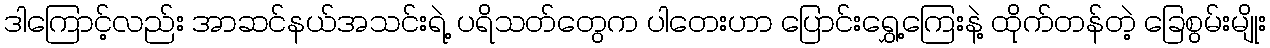
ဒါကြောင့်လည်း အာဆင်နယ်အသင်းရဲ့ ပရိသတ်တွေက ပါတေးဟာ ပြောင်းရွှေ့ကြေးနဲ့ ထိုက်တန်တဲ့ ခြေစွမ်းမျိုး